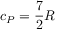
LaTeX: c _ { P } = { \frac { 7 } { 2 } } R